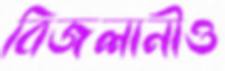
বিজলানীও